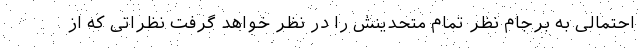
احتمالی به برجام نظر تمام متحدینش را در نظر خواهد گرفت نظراتی که از